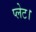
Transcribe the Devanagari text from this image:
प्लेट।